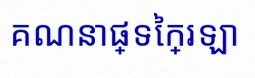
គណនាផ្ទៃក្រឡា